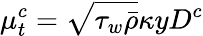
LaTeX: \mu_{t}^{c}=\sqrt{\tau_{w}\bar{\rho}}\kappa yD^{c}